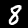
Digit: 8